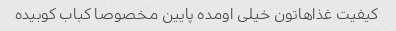
کیفیت غذاهاتون خیلی اومده پایین مخصوصا کباب کوبیده